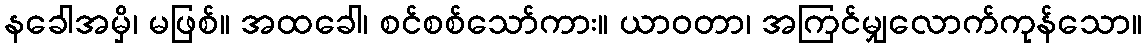
နခေါအမှိ၊ မဖြစ်။ အထခေါ၊ စင်စစ်သော်ကား။ ယာဝတာ၊ အကြင်မျှလောက်ကုန်သော။